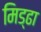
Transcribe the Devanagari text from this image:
मिड्ढा